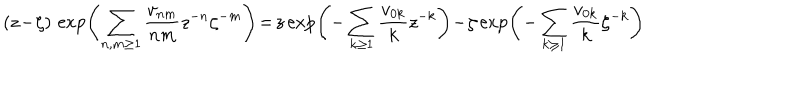
LaTeX: ( z \! - \! \zeta ) \, \exp \! \left( \sum _ { n , m \geq 1 } \frac { v _ { n m } } { n m } z ^ { - n } \zeta ^ { - m } \right) \! = \! z \exp \! \left( - \sum _ { k \geq 1 } \frac { v _ { 0 k } } { k } z ^ { - k } \right) \! - \! \zeta \exp \! \left( - \sum _ { k \geq 1 } \frac { v _ { 0 k } } { k } \zeta ^ { - k } \right)